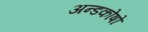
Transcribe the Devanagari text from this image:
अन्डकोषो